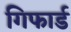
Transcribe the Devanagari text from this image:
गिफार्ड